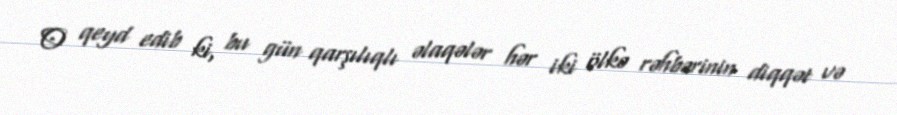
O qeyd edib ki, bu gün qarşılıqlı əlaqələr hər iki ölkə rəhbərinin diqqət və